NAE_ERA_R-1958_ENSV_Heliloojate_Liit, lk 20
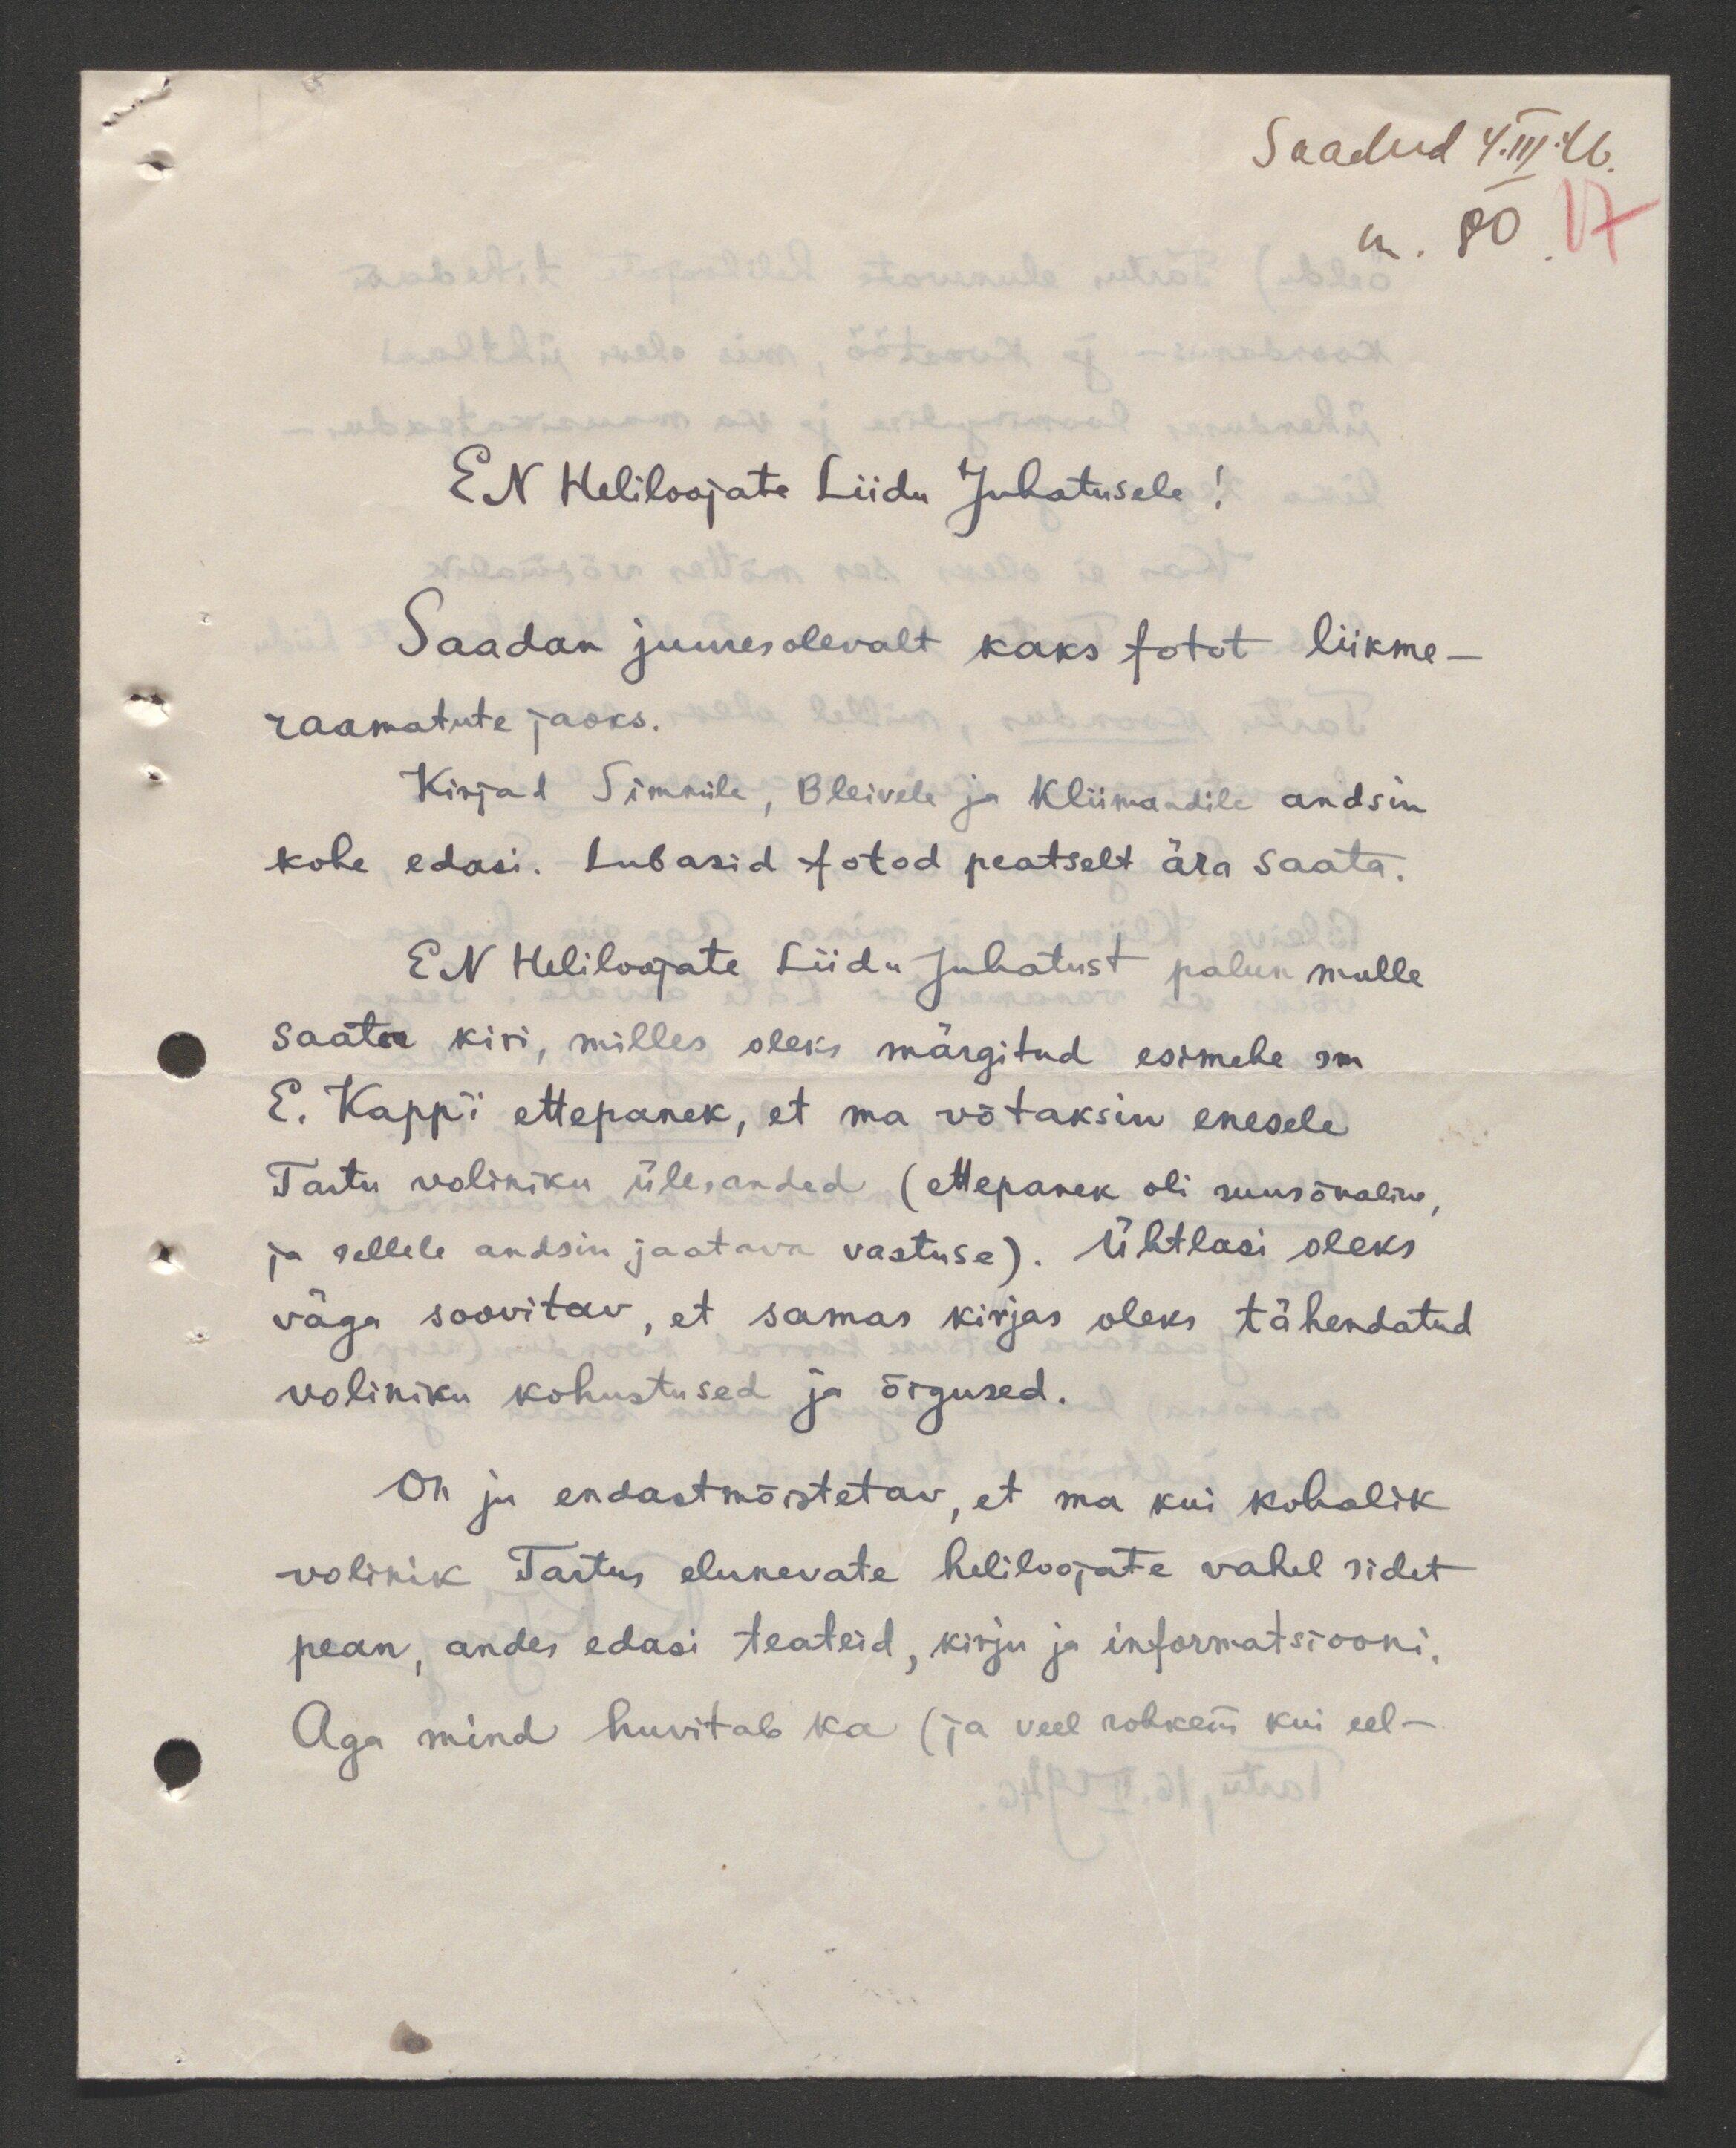
Saadud 4.III.46
nr. 80. 17

EN Heliloojate Liidu Juhatusele!
Saadan juuresolevalt kaks fotot liikme-
raamatute jaoks.
Kirjad Simmile, Bleivele ja Kliimandile andsin
kohe edasi. Lubasid fotod peatselt ära saata.
EN Heliloojate Liidu Juhatust palun mulle
saata kiri, milles oleks märgitud esimehe sm
E. Kapp'i ettepanek, et ma võtaksin enesele
Tartu voliniku ülesanded (ettepanek oli suusõnaline,
ja sellele andsin jaatava vastuse). Ühtlasi oleks
väga soovitav, et samas kirjas oleks tähendatud
voliniku kohustused ja õigused.
Oh ju endastmõistetav, et ma kui kohalik
volinik Tartus elunevate heliloojate vahel sidet
pean, andes edasi teateid, kirju ja informatsiooni.
Aga mind huvitab ka (ja veel rohkem kui eel-